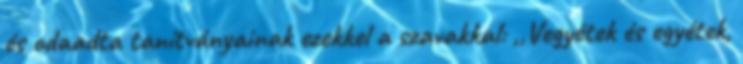
és odaadta tanítványainak ezekkel a szavakkal: ,,Vegyétek és egyétek,